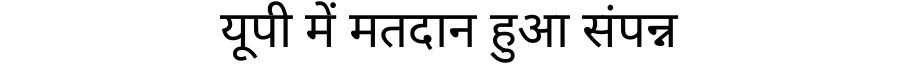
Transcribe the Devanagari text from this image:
यूपी में मतदान हुआ संपन्न